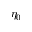
\eta _ { 0 }